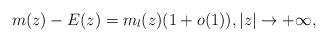
LaTeX: \begin{align*}m(z) - E(z)=m_l(z)(1+o(1)),|z|\to+\infty,\end{align*}